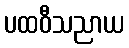
ပထဝီသညာယ